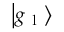
\left| g _ { \mathrm { ~ l ~ } } \right>